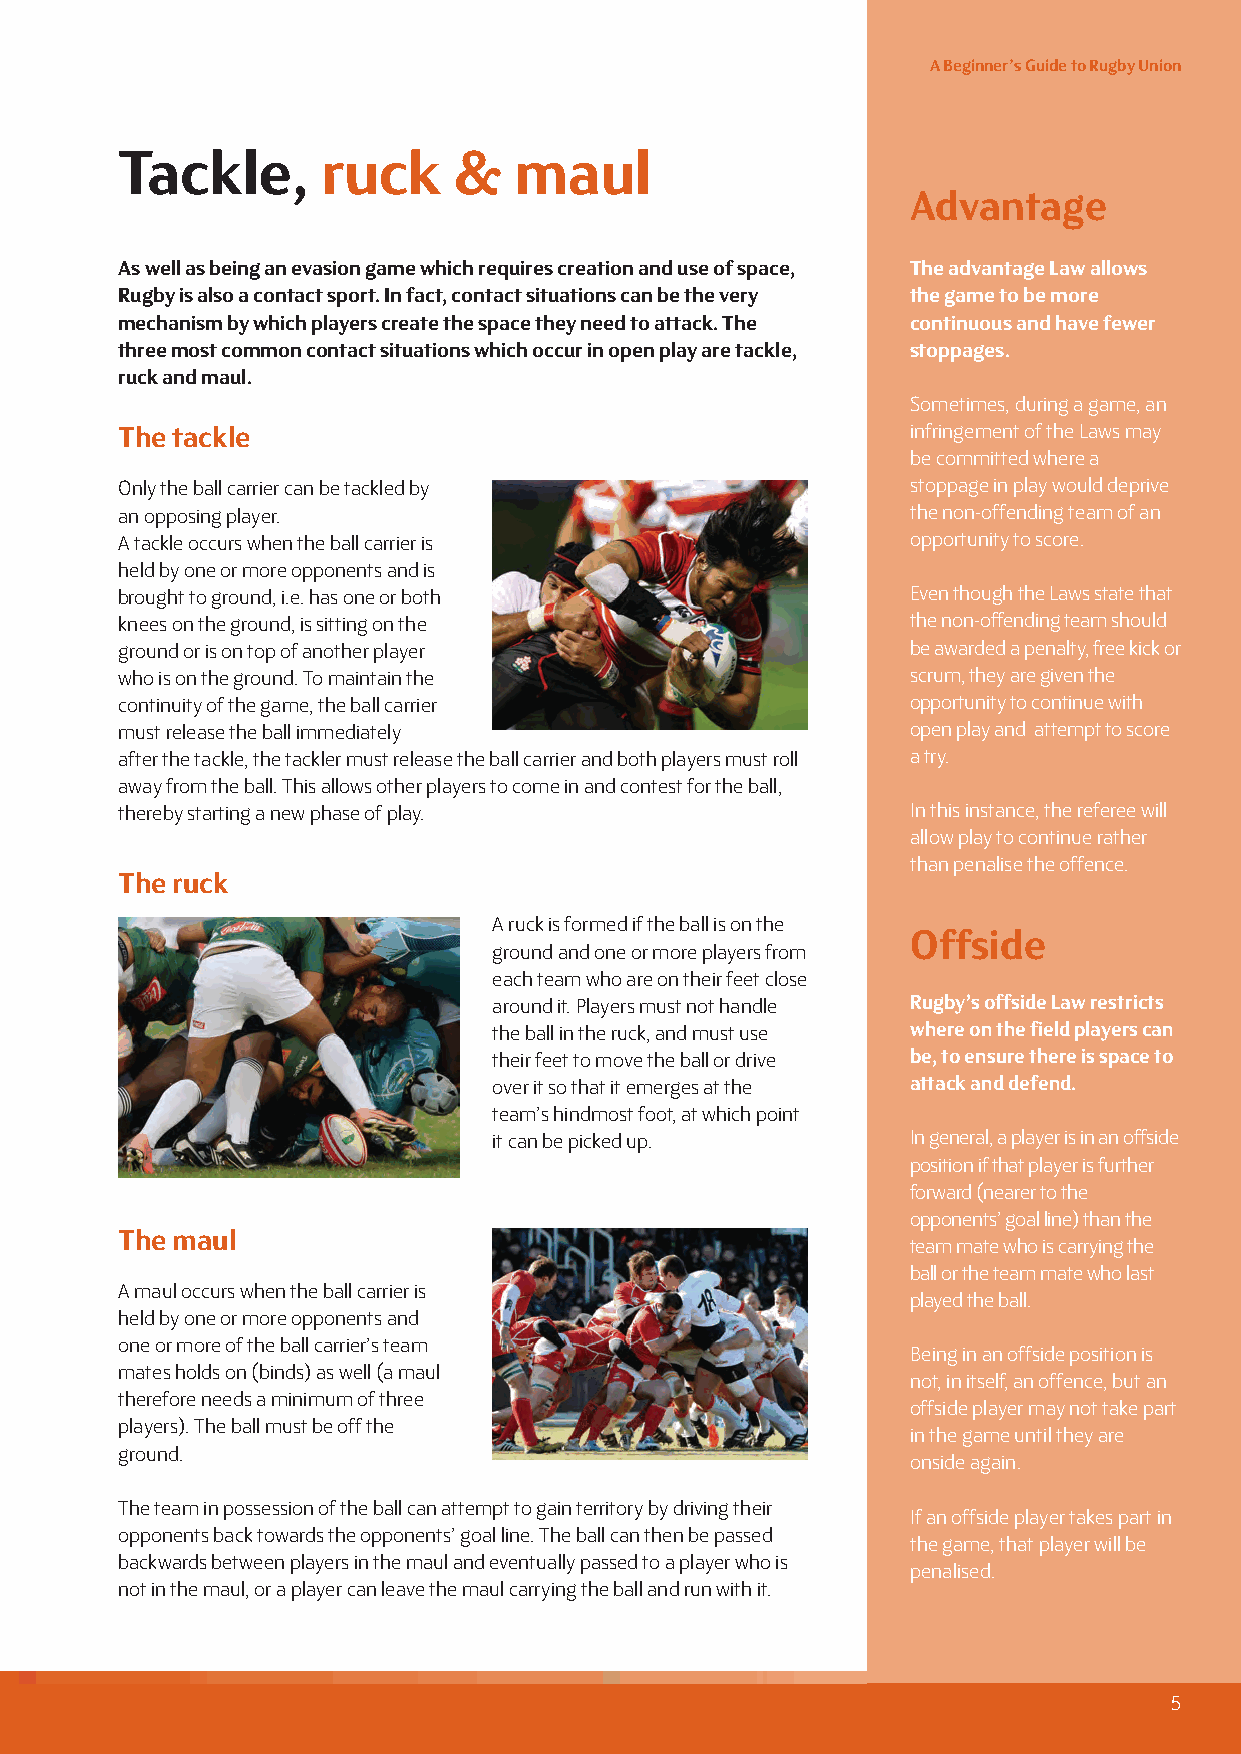
A Beginner’s Guide to Rugby Union
 Tackle,      ruck     &   maul
 Advantage
 As well as being an evasion game which requires creation and use of space, The advantage Law allows
 Rugby is also a contact sport. In fact, contact situations can be the very the game to be more
 mechanism by which players create the space they need to attack. The continuous and have fewer
 three most common contact situations which occur in open play are tackle, stoppages.
 ruck and maul.
 Sometimes, during a game, an
 The tackle                                          infringement of the Laws may
 be committed where a
 Only the ball carrier can be tackled by             stoppage in play would deprive
 an opposing player.                                 the non-offending team of an
 A tackle occurs when the ball carrier is            opportunity to score.
 held by one or more opponents and is
 brought to ground, i.e. has one or both             Even though the Laws state that
 knees on the ground, is sitting on the              the non-offending team should
 ground or is on top of another player               be awarded a penalty, free kick or
 who is on the ground. To maintain the               scrum, they are given the
 continuity of the game, the ball carrier            opportunity to continue with
 must release the ball immediately                   open play and attempt to score
 after the tackle, the tackler must release the ball carrier and both players must roll a try.
 away from the ball. This allows other players to come in and contest for the ball,
 thereby starting a new phase of play.               In this instance, the referee will
 allow play to continue rather
 than penalise the offence.
 The ruck
 A ruck is formed if the ball is on the
 Offside
 ground and one or more players from
 each team who are on their feet close
 around it. Players must not handle Rugby’s offside Law restricts
 the ball in the ruck, and must use where on the field players can
 their feet to move the ball or drive be, to ensure there is space to
 over it so that it emerges at the attack and defend.
 team’s hindmost foot, at which point
 it can be picked up.       In general, a player is in an offside
 position if that player is further
 forward (nearer to the
 opponents’ goal line) than the
 The maul
 team mate who is carrying the
 ball or the team mate who last
 A maul occurs when the ball carrier is
 played the ball.
 held by one or more opponents and
 one or more of the ball carrier’s team
 Being in an offside position is
 mates holds on (binds) as well (a maul
 not, in itself, an offence, but an
 therefore needs a minimum of three
 offside player may not take part
 players). The ball must be off the
 in the game until they are
 ground.
 onside again.
 The team in possession of the ball can attempt to gain territory by driving their
 If an offside player takes part in
 opponents back towards the opponents’ goal line. The ball can then be passed
 the game, that player will be
 backwards between players in the maul and eventually passed to a player who is
 penalised.
 not in the maul, or a player can leave the maul carrying the ball and run with it.
 5